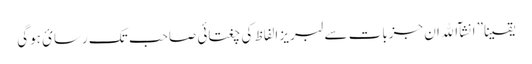
یقینا” انشآ الله ان جزبات سے لبریز الفاظ کی چغتائی صاحب تک رسائ ہوگی